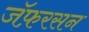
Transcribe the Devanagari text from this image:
जॅफ़रसन